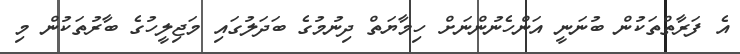
އެ ފަރާތްތަކުން ބުނަނީ އަންހެނުންނަށް ހިމާޔަތް ދިނުމުގެ ބަދަލުގައި މަޖިލީހުގެ ބާރުތަކުން މި